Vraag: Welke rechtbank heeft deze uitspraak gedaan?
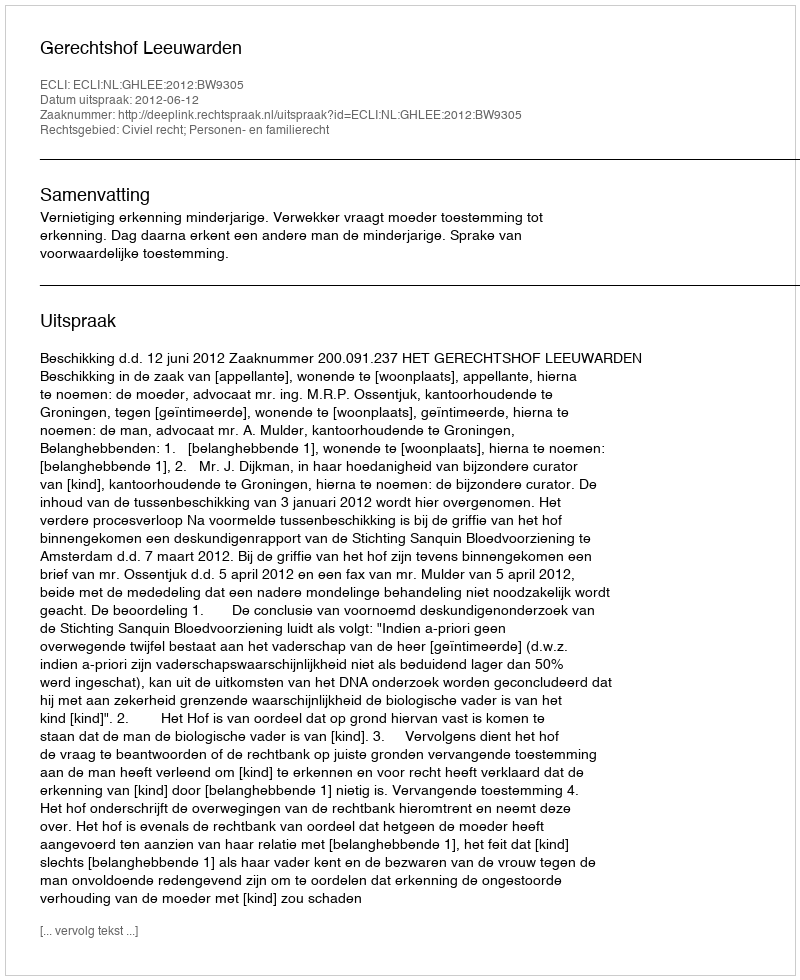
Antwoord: Gerechtshof Leeuwarden